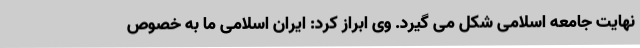
نهایت جامعه اسلامی شکل می گیرد. وی ابراز کرد: ایران اسلامی ما به خصوص